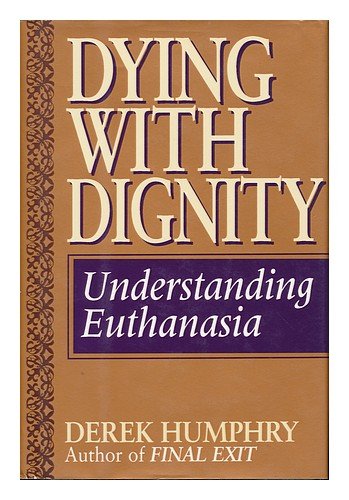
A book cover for Dying With Dignity: Understanding Euthanasia; Derek Humphry; Medical Books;